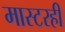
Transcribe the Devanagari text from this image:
मास्टरही